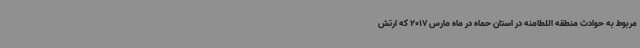
مربوط به حوادث منطقه اللطامنه در استان حماه در ماه مارس 2017 که ارتش